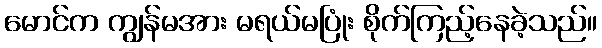
မောင်က ကျွန်မအား မရယ်မပြုံး စိုက်ကြည့်နေခဲ့သည်။